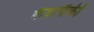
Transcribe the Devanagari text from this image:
केंद्रापैकी